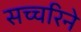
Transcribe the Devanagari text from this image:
सच्चरिने